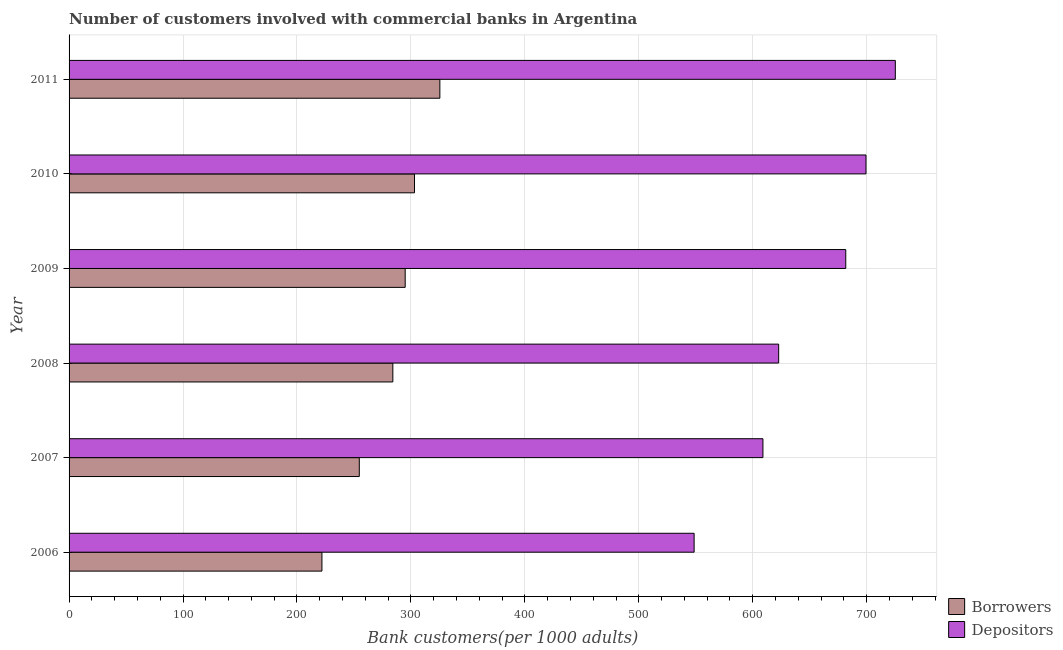
| Year | Borrowers | Depositors |
 | --- | --- | --- |
 | 2006 | 222 | 549 |
 | 2007 | 255 | 609 |
 | 2008 | 284 | 623 |
 | 2009 | 295 | 682 |
 | 2010 | 303 | 699 |
 | 2011 | 325 | 725 |